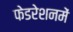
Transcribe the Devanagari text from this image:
फेडरेशनमें